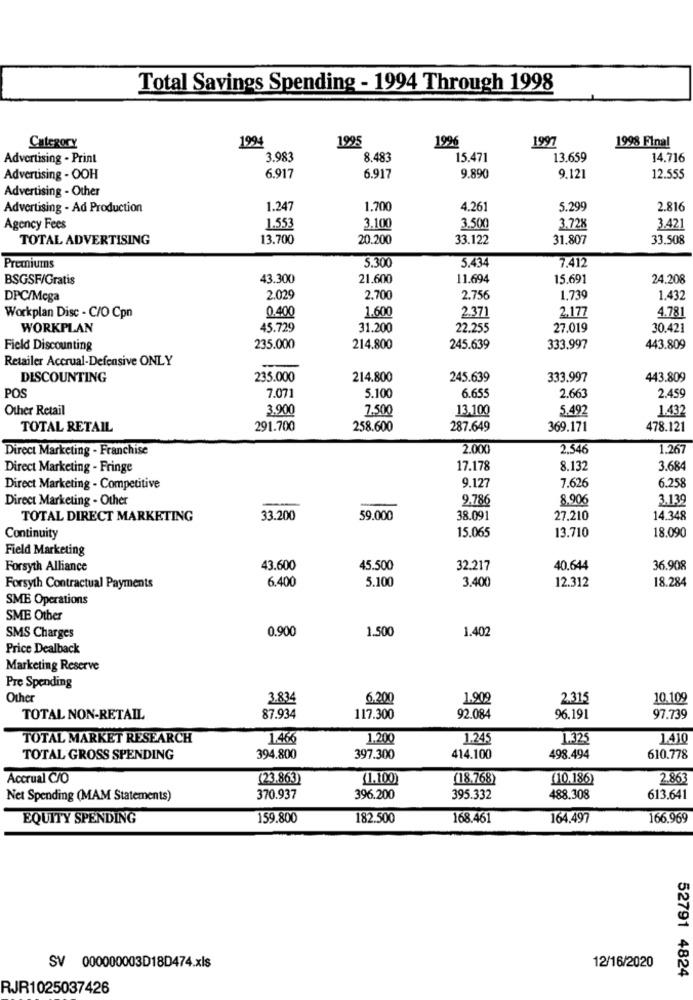
Total Savings Spending - 1994 Through 1998
1994
1995
1996
1997
1998 Final
Category
Advertising - Print
3.983
8.483
15.471
13.659
14.716
Advertising - OOH
6.917
6.917
9.890
9.121
12.555
Advertising - Other
Advertising - Ad Production
1.247
1.700
4.261
5.299
2.816
Agency Fees
1.553
3.100
3.500
3.728
3.421
TOTAL ADVERTISING
13.700
20.200
33.122
31.807
33.508
5.300
5.434
Premiums
7.412
BSGSF/Gratis
43.300
21.600
11.694
15.691
24,208
DPC/Mega
2.029
2.700
2.756
1,739
1.432
0.400
1.600
2.177
4.781
Workplan Disc - C/O Cpn
2.371
WORKPLAN
45.729
31.200
22.255
27.019
30.421
Field Discounting
235.000
214.800
245.639
333.997
443.809
Retailer Accrual-Defensive ONLY
DISCOUNTING
235.000
214.800
245.639
333.997
443.809
7.071
5.100
2.663
2.459
POS
6.655
Other Retail
3.900
7.500
13.100
5.492
1.432
TOTAL RETAIL
291.700
258.600
287.649
369.171
478.121
Direct Marketing - Franchise
2.000
2.546
1.267
Direct Marketing - Fringe
17.178
8.132
3.684
9.127
7.626
6.258
Direct Marketing - Competitive
Direct Marketing - Other
9.786
8.906
3.139
TOTAL DIRECT MARKETING
33.200
59.000
38.091
27.210
14.348
15.065
13,710
18.090
Continuity
Field Marketing
Forsyth Alliance
43.600
45.500
32.217
40,644
36.908
5.100
3.400
12.312
18.284
Forsyth Contractual Payments
6.400
SME Operations
SME Other
0.900
1.402
SMS Charges
1.500
Price Dealback
Marketing Reserve
Pre Spending
Other
3.834
6.200
1.909
2.315
10.109
TOTAL NON-RETAIL
87.934
117.300
92.084
96.191
97.739
TOTAL MARKET RESEARCH
1.466
1.200
1.245
1.325
1.410
TOTAL GROSS SPENDING
394.800
397.300
414.100
498.494
610.778
Accrual C/O
(23.863)
(1.100)
(18.768)
(10.186)
2.863
Net Spending (MAM Statements)
370.937
396.200
395.332
488.308
613.641
EQUITY SPENDING
159.800
182.500
168.461
164.497
166.969
SV 000000003D18D474.xls
12/16/2020
52791 4824
RJR1025037426